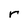
Character: r